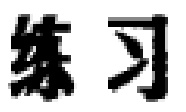
练习